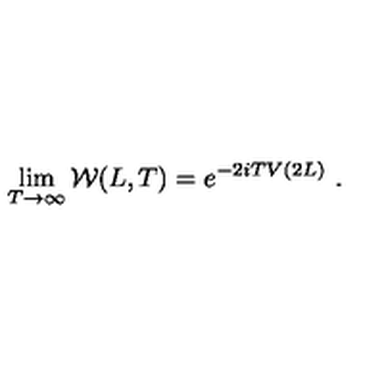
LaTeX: \lim _ { T \to \infty } { \cal W } ( L , T ) = e ^ { - 2 i T V ( 2 L ) } \ .